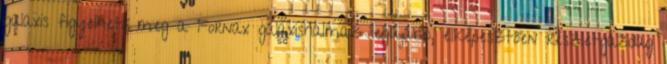
galaxis figyelhető meg a Fornax galaxishalmaz legújabb, elképesztően részletgazdag